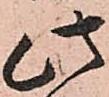
此